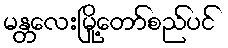
မန္တလေးမြို့တော်စည်ပင်